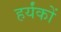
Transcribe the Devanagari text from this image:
हर्यंकों